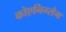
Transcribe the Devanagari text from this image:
कोएनिग्सेग